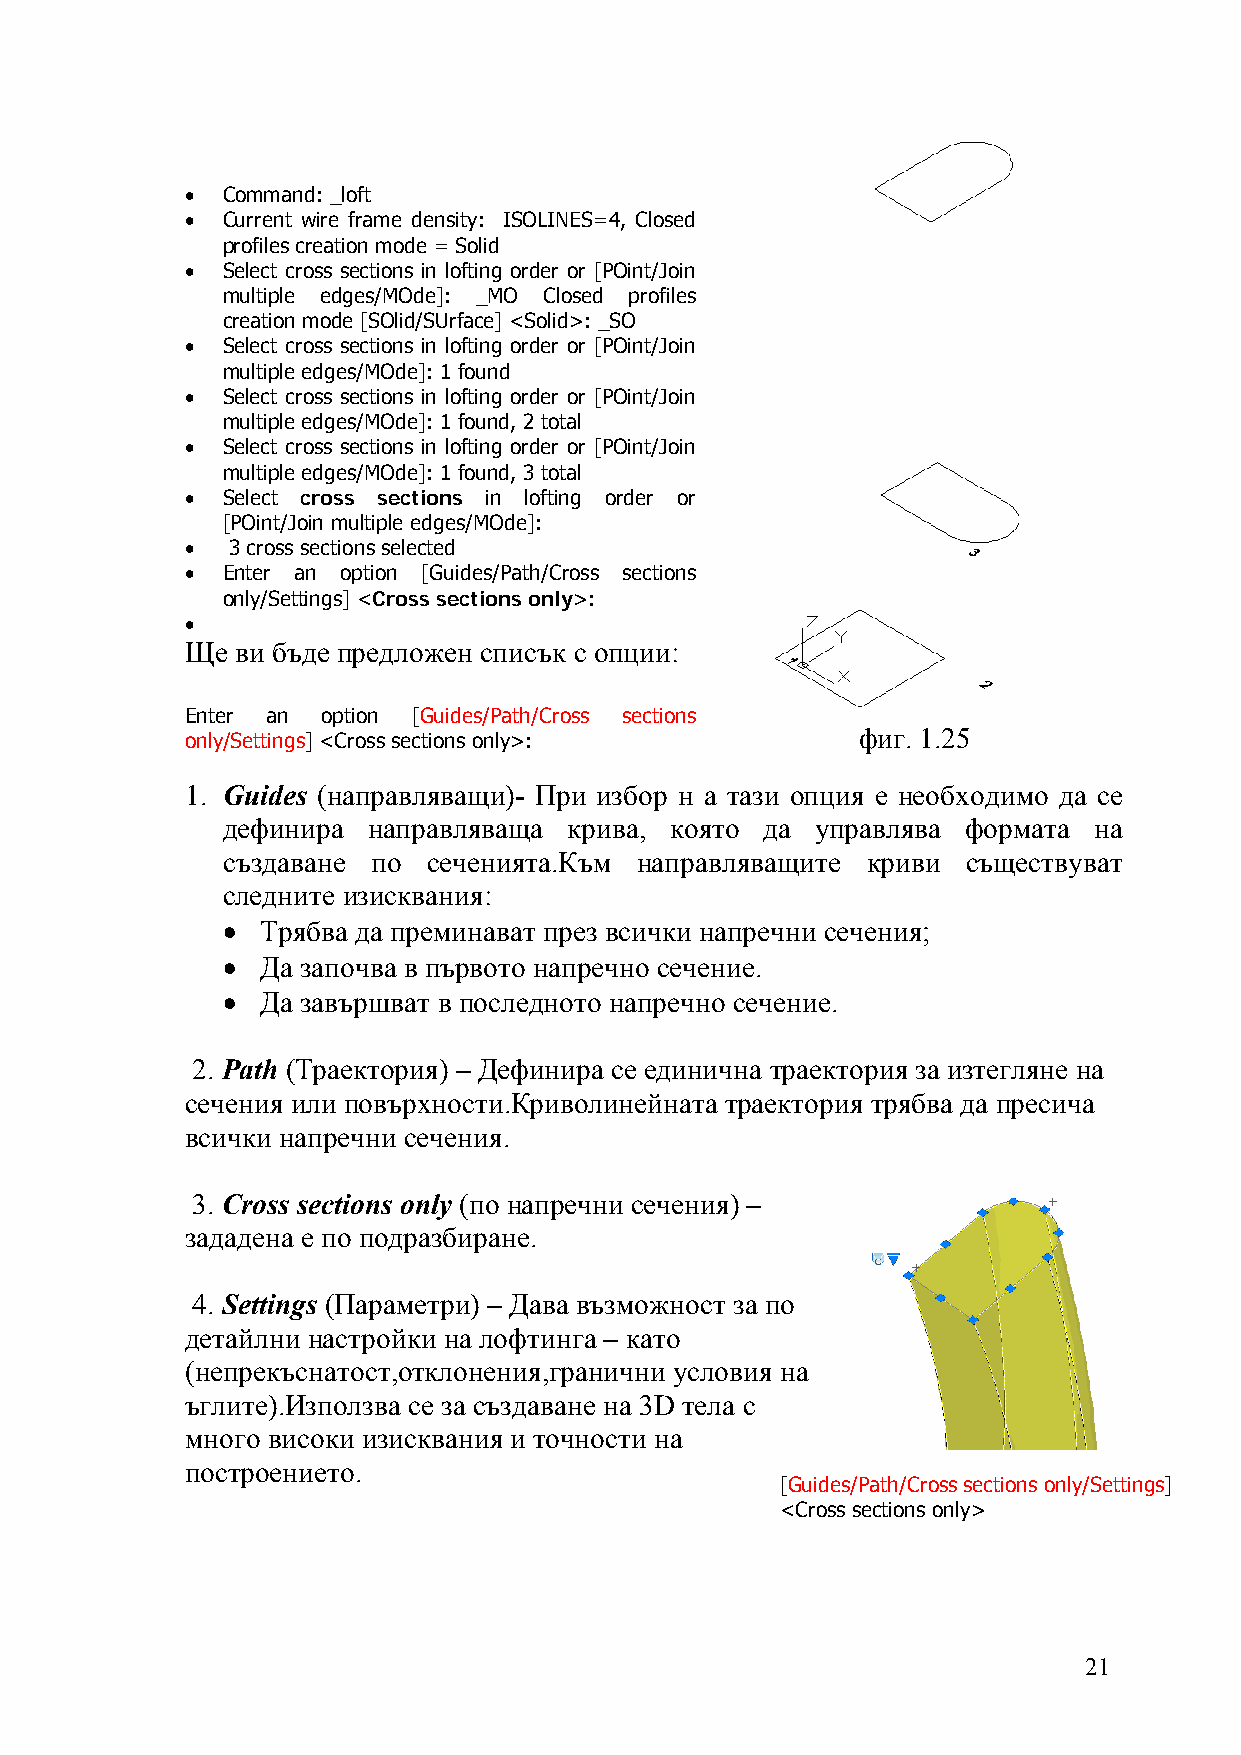
•  Command: _loft
 •  Current wire frame density: ISOLINES=4, Closed
 profiles creation mode = Solid
 •  Select cross sections in lofting order or [POint/Join
 multiple edges/MOde]: _MO Closed profiles
 creation mode [SOlid/SUrface] <Solid>: _SO
 •  Select cross sections in lofting order or [POint/Join
 multiple edges/MOde]: 1 found
 •  Select cross sections in lofting order or [POint/Join
 multiple edges/MOde]: 1 found, 2 total
 •  Select cross sections in lofting order or [POint/Join
 multiple edges/MOde]: 1 found, 3 total
 •  Select cross sections in lofting order or
 [POint/Join multiple edges/MOde]:
 •  3 cross sections selected
 •  Enter an option [Guides/Path/Cross sections
 only/Settings] <Cross sections only>:
 •
 Ще  ви бъде предложен списък с опции:
 Enter an option [Guides/Path/Cross sections
 фиг. 1.25
 only/Settings] <Cross sections only>:
 1. Guides (направляващи)- При избор н а тази опция е необходимо да се
 дефинира направляваща  крива, която да управлява формата на
 създаване по сеченията.Към направляващите криви  съществуват
 следните изисквания:
 • Трябва да преминават през всички напречни сечения;
 • Да започва в първото напречно сечение.
 • Да завършват в последното напречно сечение.
 2. Path (Траектория) – Дефинира се единична траектория за изтегляне на
 сечения или повърхности.Криволинейната траектория трябва да пресича
 всички напречни сечения.
 3. Cross sections only (по напречни сечения) –
 зададена е по подразбиране.
 4. Settings (Параметри) – Дава възможност за по
 детайлни настройки на лофтинга – като
 (непрекъснатост,отклонения,гранични условия на
 ъглите).Използва се за създаване на 3D тела с
 много високи изисквания и точности на
 построението.
 [Guides/Path/Cross sections only/Settings]
 <Cross sections only>
 21